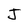
Character: J